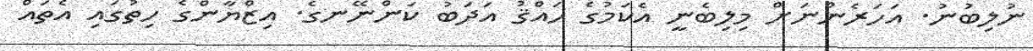
ނުލިބުނު. އަހަރެންނަށް މިލިބެނީ އެކަމުގެ ޙައްޤު އަދަބު ކަންނޭނގެ. އިޒްޔާންގެ ހިތުގައި އެތައް